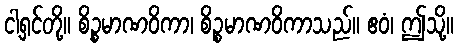
ငါ့ရှင်တို့။ စိဉ္စမာဏဝိကာ၊ စိဉ္စမာဏဝိကာသည်။ ဧဝံ၊ ဤသို့။